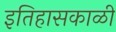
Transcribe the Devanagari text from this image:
इतिहासकाळी